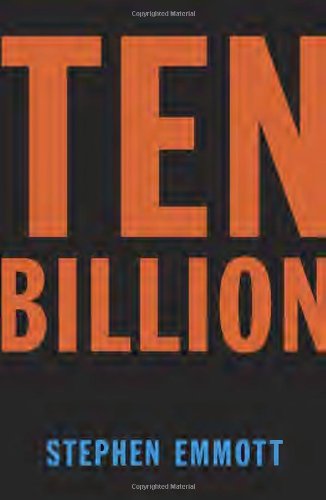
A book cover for Ten Billion; Stephen Emmott; Politics & Social Sciences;